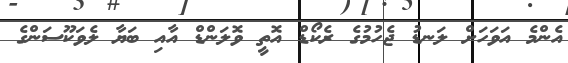
އެންމެ އަވަހަށް ލަނޑު ޖެހުމުގެ ރެކޯޑް އޮތީ ވޮލަންޑް އާއި ބަޔާ ލެވަކޫސަންގެ